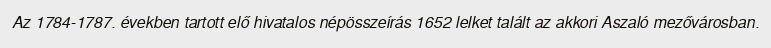
Az 1784-1787. években tartott elő hivatalos népösszeírás 1652 lelket talált az akkori Aszaló mezővárosban.